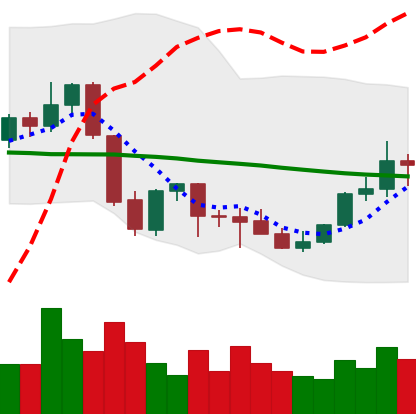
Ticker: EOS-USD
Chart end date: 2021-10-04
Forward return: 8.452%
Label: up_7plus